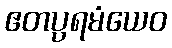
ဧတပ္ပရမံယေဝ